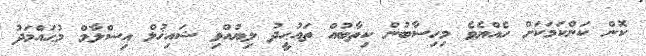
ކޮން ކަންކަމަކަށް ހެއްޔެވެ މިހިސާބުން ކިތާބުއް ތައުޙީދު ލިޔުއްވި ޝައިޚުލް އިސްލާމް މުޙައްމަދު